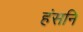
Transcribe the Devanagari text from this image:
हंसनि